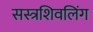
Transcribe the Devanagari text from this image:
सस्त्रशिवलिंग